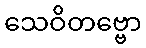
သေဝိတဗ္ဗော